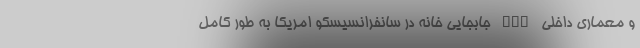
و معماری داخلی nan جابجایی خانه در سانفرانسیسکو امریکا به طور کامل